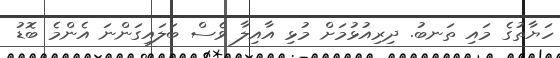
ހަޔާތުގެ މައި ތަނބު. ދިރިއުޅުމަށް މުޅި އާއިލާ ވެސް ބަލައިގަންނަ އެންމެ ބޮޑު